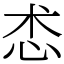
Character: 怸